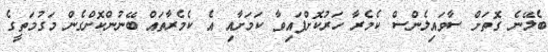
ބެލޭނެ ގޮތަށް ސާވައިލެންސް ކެމެރާ ހަރުކޮށްފައިވާ ކަމަށާއި އެ ކެމެރާތައް ބޭނުންކޮށްގެން މަގުމަތީގެ